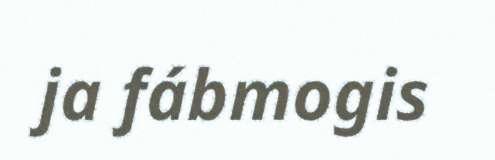
ja fábmogis